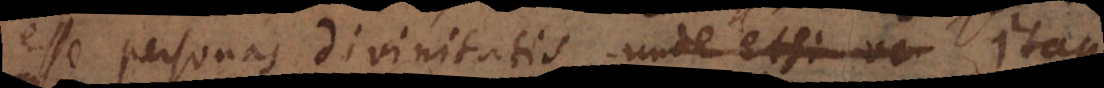
esse personas divinitatis, unde etsi ve itaque